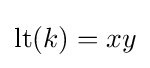
\mathrm {lt} (k)=xy